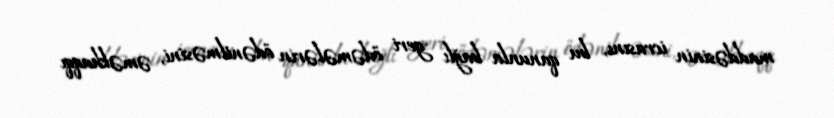
maddəsinin icrasını, bu qanunla bağlı geri ödəmələrin ödənilməsini, əməkhaqqı